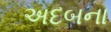
અદબના